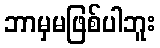
ဘာမှမဖြစ်ပါဘူး